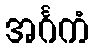
အင်္ဂကံ